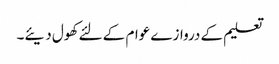
تعلیم کے دروازے عوام کے لئے کھول دیئے۔